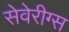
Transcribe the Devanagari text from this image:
सेवेरीग्स